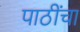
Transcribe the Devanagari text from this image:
पाठींचा